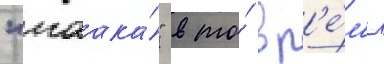
"маака́" в то́ вр'е́м'я